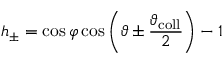
h _ { \pm } = \cos { \varphi } \cos \left( \vartheta \pm \frac { \vartheta _ { \mathrm { c o l l } } } { 2 } \right) - 1